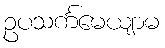
ဥပသင်္ကမေယျာမ